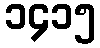
၁၄၁၅